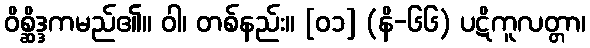
ဝိစ္ဆိဒ္ဒကမည်၏။ ဝါ၊ တစ်နည်း။ [၀၁] (နိ-၆၆) ပဋိကူလတ္တာ၊